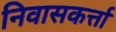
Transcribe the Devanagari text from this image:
निवासकर्त्ता